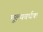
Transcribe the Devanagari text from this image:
मूल्यवर्धक